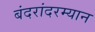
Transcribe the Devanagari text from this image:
बंदरांदरम्यान